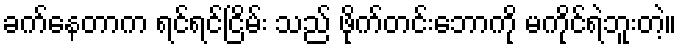
ခက်နေတာက ရင်ရင်ငြိမ်း သည် ဖိုက်တင်းဘောကို မကိုင်ရဲဘူးတဲ့။